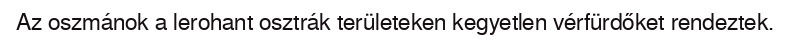
Az oszmánok a lerohant osztrák területeken kegyetlen vérfürdőket rendeztek.